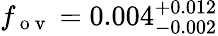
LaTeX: f_{\mathrm{~o~v~}}=0.004_{-0.002}^{+0.012}